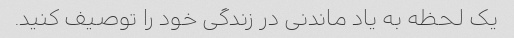
یک لحظه به یاد ماندنی در زندگی خود را توصیف کنید.